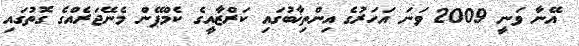
އޭނާ ވަނީ 2009 ވަނަ އަހަރުގެ އިންތިޚާބުގައި ކަރްޒާއީގެ ކެމްޕޭން މެނޭޖަރެއްގެ ގޮތުގައި